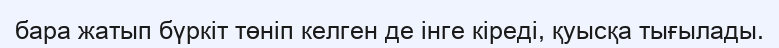
бара жатып бүркіт төніп келген де інге кіреді, қуысқа тығылады.